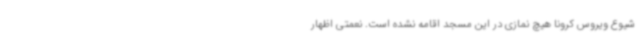
شیوع ویروس کرونا هیچ نمازی در این مسجد اقامه نشده است. نعمتی اظهار